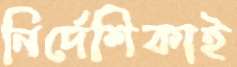
নির্দেশিকাই